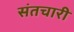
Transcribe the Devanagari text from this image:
संतचारी